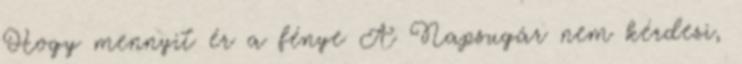
Hogy mennyit ér a fénye A Napsugár nem kérdezi,